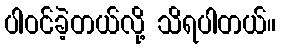
ပါဝင်ခဲ့တယ်လို့ သိရပါတယ်။